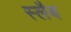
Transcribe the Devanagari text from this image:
स्‍लैब